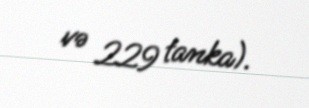
və 229 tanka).